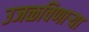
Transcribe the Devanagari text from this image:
उजळविणार्‍या